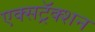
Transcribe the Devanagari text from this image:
एक्सट्रॅक्शन